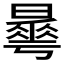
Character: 𣋓